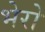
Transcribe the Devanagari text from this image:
भेरो